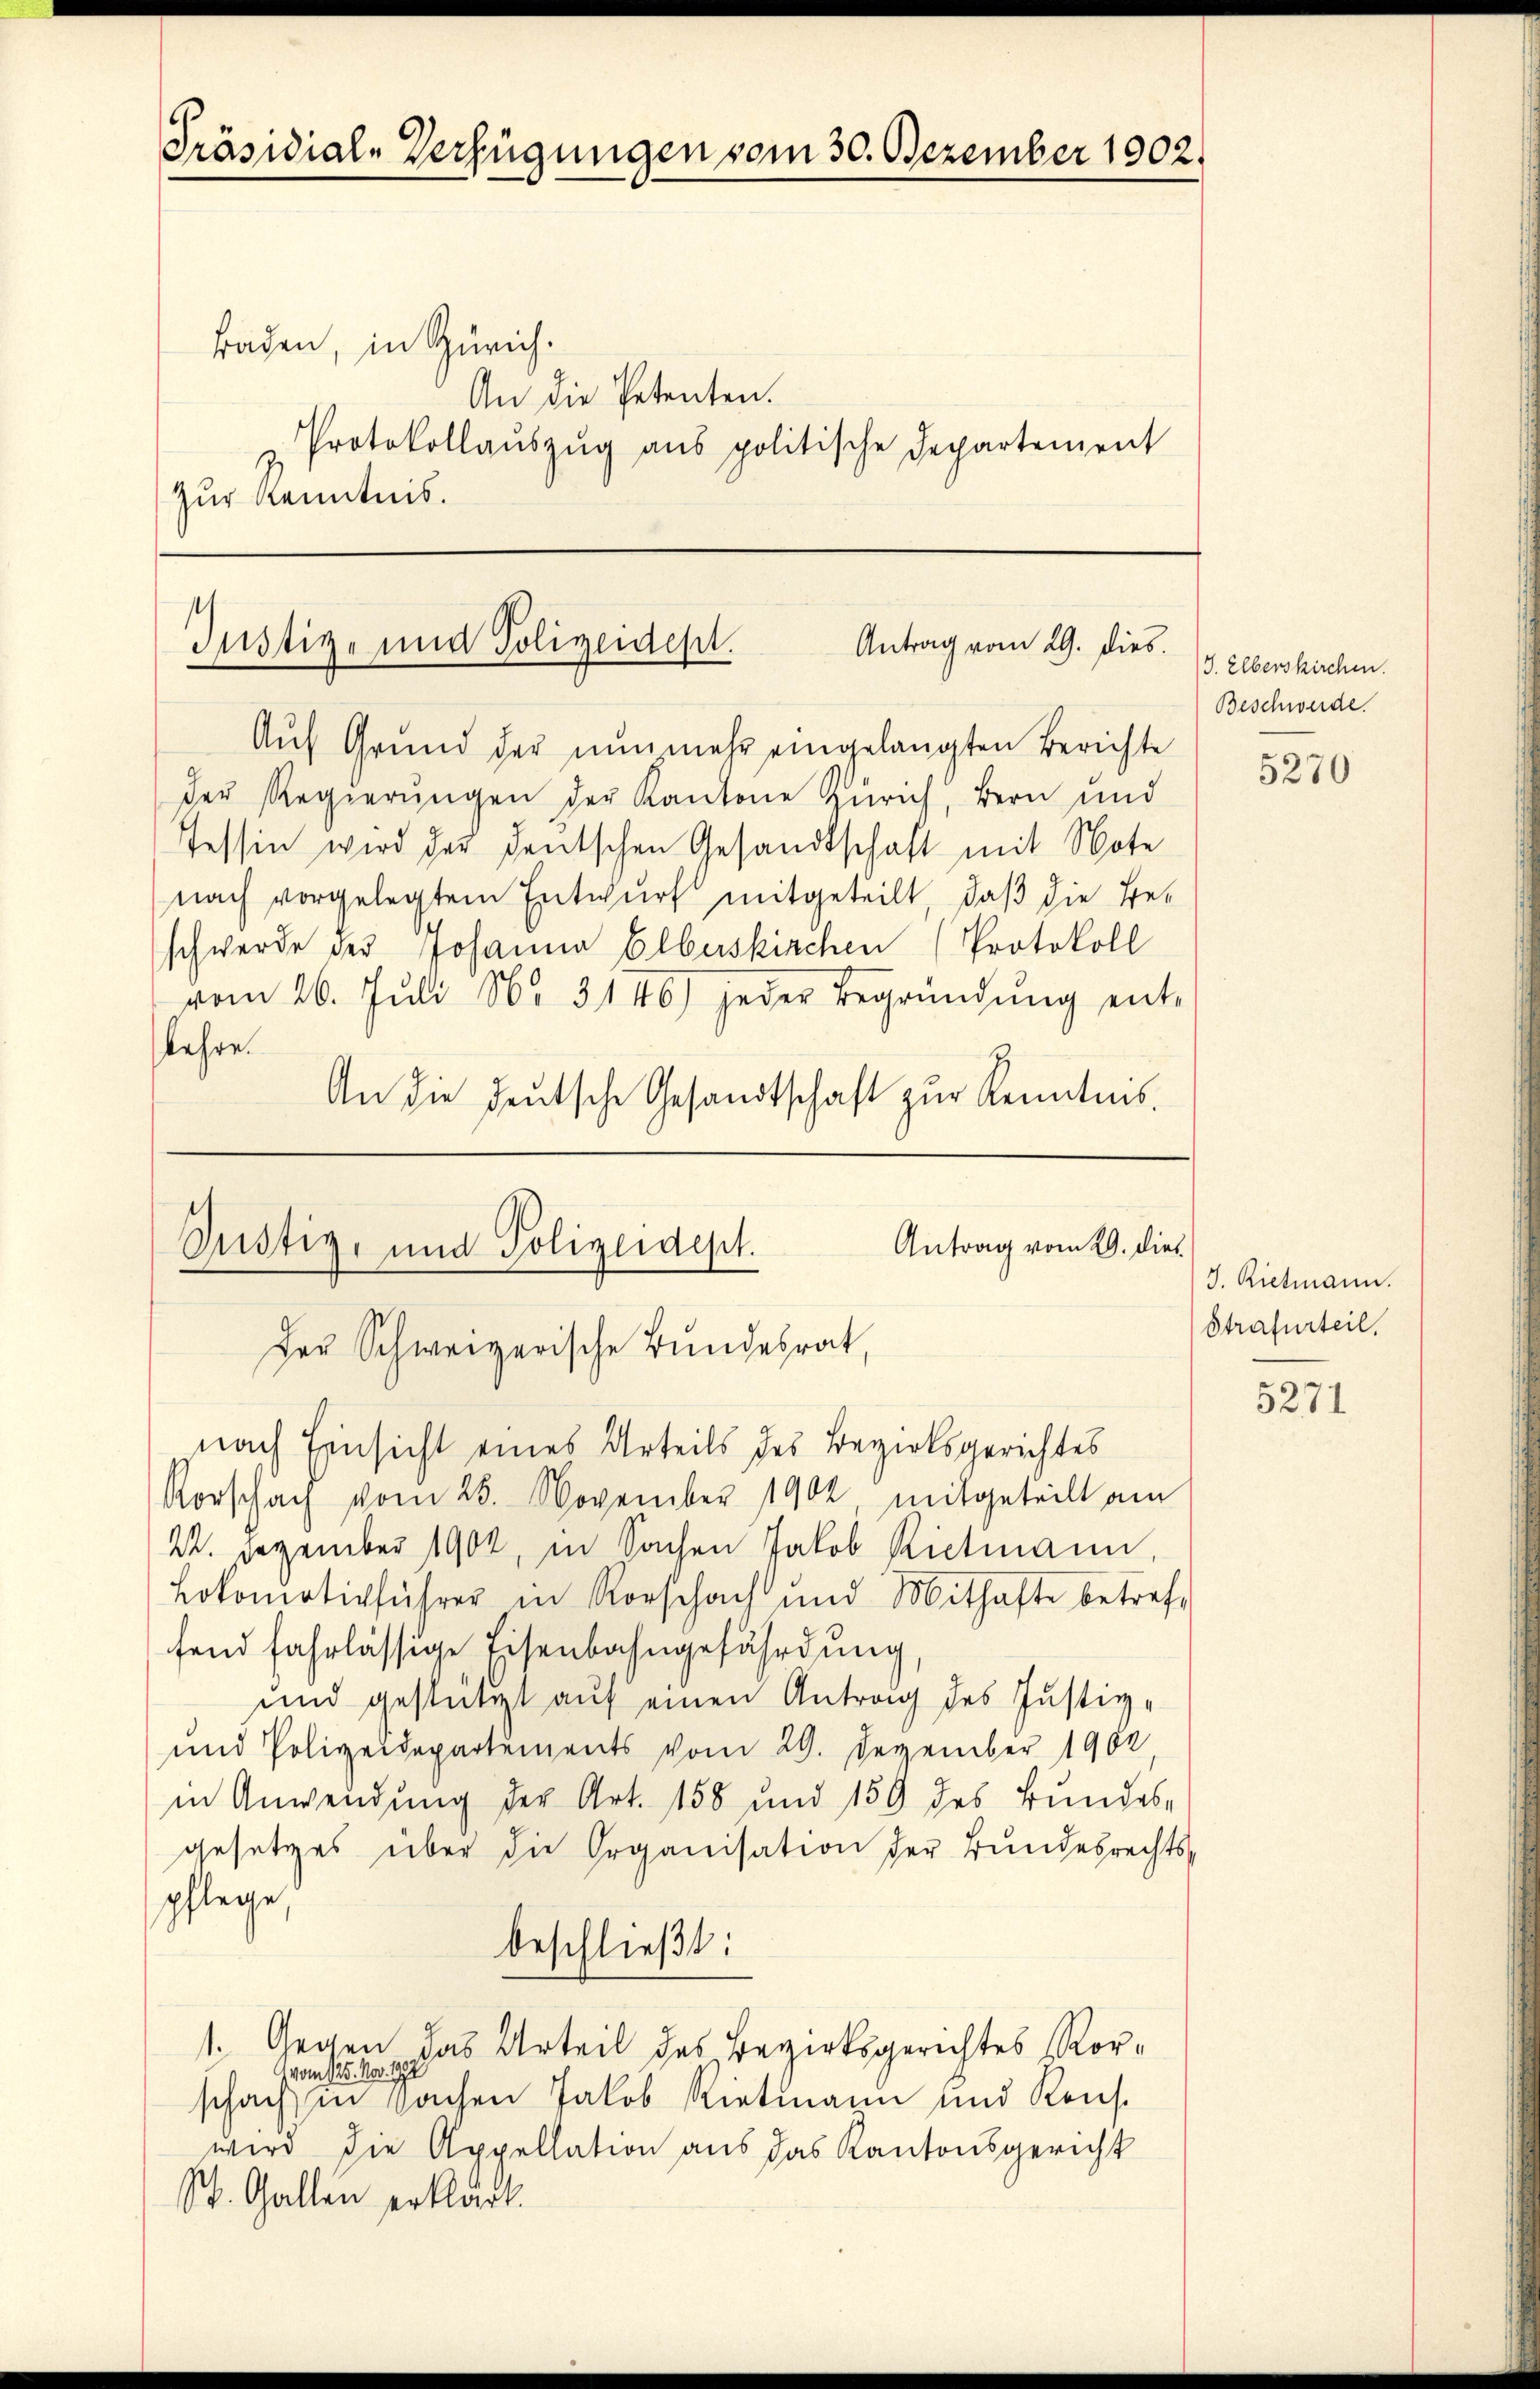
Präsidial-Verfügungen vom 30. Dezember 1902.

Baden, in Zürich.
An die Petenten.
Protokollaŭszŭg ans politische Departement
zur Kenntnis.

Antrag vom 29. dies.
Justiz- und Polizeidept.

Auf Grund der nunmehr eingelangten Berichte
der Regierŭngen der Kantone Zürich, Bern und
Tessin wird der deutschen Gesandtschaft mit Note
nach vorgelegtem Entwurf mitgeteilt, daß die Be-
schwerde des Johanna Elbuskirchen (Protokoll
vom 26. Jŭli No 3146) jeder Begründŭng ent-
kehre.
An die deutsche Gesandtschaft zur Kenntnis,

Antrag vom 29. dies
Justiz- und Polizeidept.
Der Schweizerische Bundesrat,
nach Einsicht eines Urteils des Bezirksgerichtes

Rorschach vom 25. November 1902, mitgeteilt am
22. Dezember 1904, in Sachen Jakob Rietmann,
Lokomotivführer in Rorschach und Mithafte betref-
fend fahrlässige Eisenbahngefährdung
und gestützt auf einen Antrag des Justiz-
und Polizeidepartements vom 29. Dezember 1902
in Anwendung der Art. 158 und 159 des Bundes-
gesetzes über die Organisation der Bundesrechtspflege,
beschließt:
1. Gegen das Urteil des Bezirksgerichtes Ror¬
 vom 125. Nov. 1792
schach in Sachen Jakob Rietmann und Kons.
wird die Appellation aus das Kantonsgericht
St. Gallen erklärt.

3. Eberskirchen.
Beschwerde.

5270

J. Rielmann.
Strafurteil.

5271